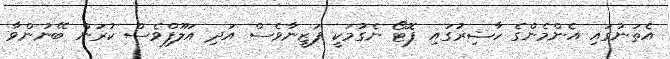
އެތަނުގައި އެންމެންގެ ހާޟިރުގައި ފޮޓޯ ނެގުމަކީ ފަޒީނާވެސް އަދި އަލޫފްވެސް ކުރަން ބޭނުންވާ